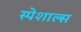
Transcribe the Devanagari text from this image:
स्पेशाल्स